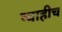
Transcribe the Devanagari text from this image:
ग्वाहीच